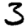
Digit: 3